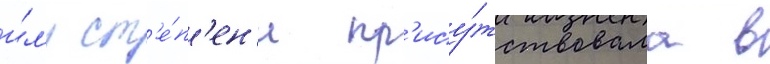
и́л'и ст'е́п'ен'и пр'ису́тствовала в